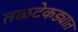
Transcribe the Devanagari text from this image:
तळटेकड्यात